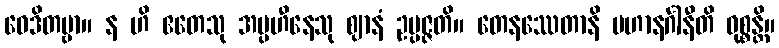
ဝေဒိတဗ္ဗာ။ န ဟိ ဧတေသု အပ္ပဟီနေသု ဈာနံ ဥပ္ပဇ္ဇတိ။ တေနဿေတာနိ ပဟာနင်္ဂါနီတိ ဝုစ္စန္တိ။